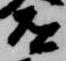
道